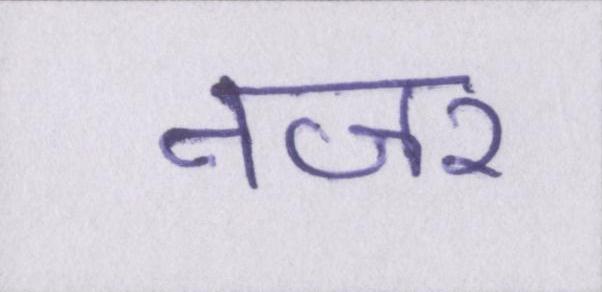
नजर